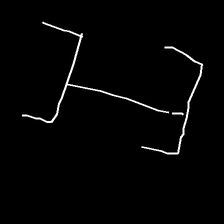
Glyph: entwine